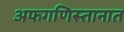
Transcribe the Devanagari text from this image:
अफगणिस्तानात